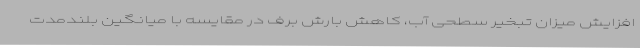
افزایش میزان تبخیر سطحی آب، کاهش بارش برف در مقایسه با میانگین بلندمدت